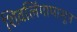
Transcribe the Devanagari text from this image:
शिवलिंगापासून